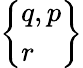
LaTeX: \left\{ {\begin{array}{l}{q,p}\\ {r}\end{array}}\right\}